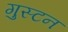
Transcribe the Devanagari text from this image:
गुस्टन